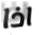
اذا